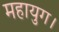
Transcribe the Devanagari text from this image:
महायुग।